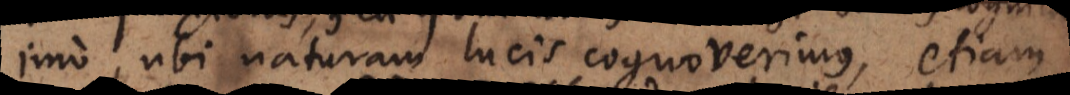
imo, ubi naturam lucis cognoverimus, etiam